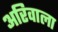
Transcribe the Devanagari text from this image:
अरिवाला